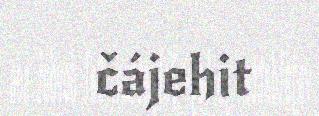
čájehit